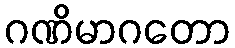
ဂဏိမာဂတော